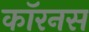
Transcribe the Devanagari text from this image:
कॉरनस